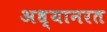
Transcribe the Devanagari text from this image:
अध्यानरत